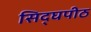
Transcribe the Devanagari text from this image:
सिद्घपीठ